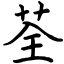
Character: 荃